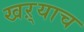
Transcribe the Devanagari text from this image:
खऱ्याच